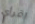
اقرأي